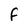
Character: F